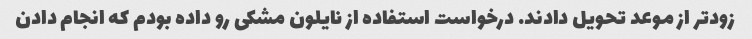
زود‌تر از موعد تحویل دادند. درخواست استفاده از نایلون مشکی رو داده بودم که انجام دادن